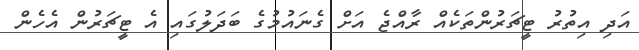
އަދި އިތުރު ޓީޗަރުންތަކެއް ރާއްޖެ އަށް ގެނައުމުގެ ބަދަލުގައި އެ ޓީޗަރުން އެހެން